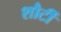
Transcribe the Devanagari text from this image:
शौर्टी